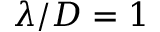
\lambda / D = 1